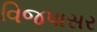
વિજપાસર